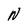
Character: N